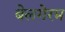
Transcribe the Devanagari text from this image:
बेलगेरम